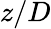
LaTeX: z/D